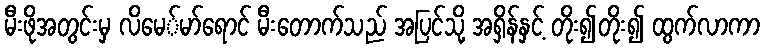
မီးဖိုအတွင်းမှ လိမေ်မာ်ရောင် မီးတောက်သည် အပြင်သို့ အရှိန်နှင့် တိုး၍တိုး၍ ထွက်လာကာ